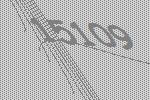
15109